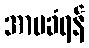
အာမခံရန်